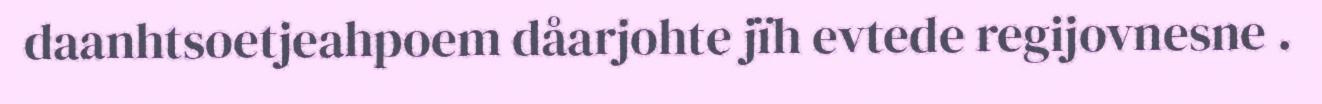
daanhtsoetjeahpoem dåarjohte jïh evtede regijovnesne .